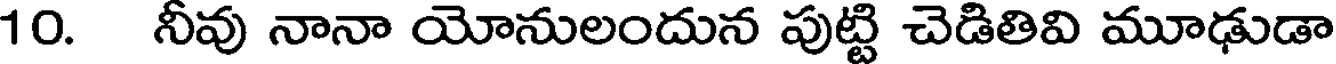
10. నీవు నానా యోనులందున పుట్టి చెడితివి మూఢుడా